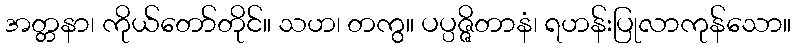
အတ္တနာ၊ ကိုယ်တော်တိုင်။ သဟ၊ တကွ။ ပပ္ပဇ္ဇိတာနံ၊ ရဟန်းပြုလာကုန်သော။